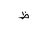
Letter: _za